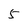
Character: 5